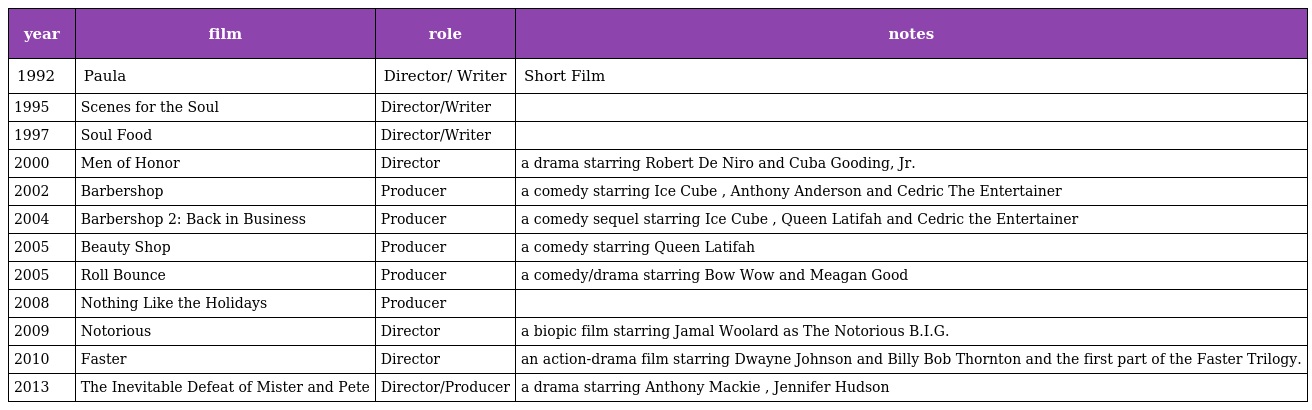
| year | film | role | notes |
 | --- | --- | --- | --- |
 | 1992 | Paula | Director/ Writer | Short Film |
 | 1995 | Scenes for the Soul | Director/Writer |  |
 | 1997 | Soul Food | Director/Writer |  |
 | 2000 | Men of Honor | Director | a drama starring Robert De Niro and Cuba Gooding, Jr. |
 | 2002 | Barbershop | Producer | a comedy starring Ice Cube , Anthony Anderson and Cedric The Entertainer |
 | 2004 | Barbershop 2: Back in Business | Producer | a comedy sequel starring Ice Cube , Queen Latifah and Cedric the Entertainer |
 | 2005 | Beauty Shop | Producer | a comedy starring Queen Latifah |
 | 2005 | Roll Bounce | Producer | a comedy/drama starring Bow Wow and Meagan Good |
 | 2008 | Nothing Like the Holidays | Producer |  |
 | 2009 | Notorious | Director | a biopic film starring Jamal Woolard as The Notorious B.I.G. |
 | 2010 | Faster | Director | an action-drama film starring Dwayne Johnson and Billy Bob Thornton and the first part of the Faster Trilogy. |
 | 2013 | The Inevitable Defeat of Mister and Pete | Director/Producer | a drama starring Anthony Mackie , Jennifer Hudson |